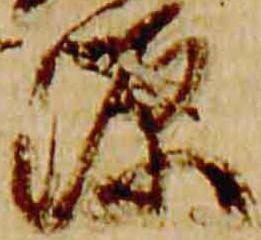
源